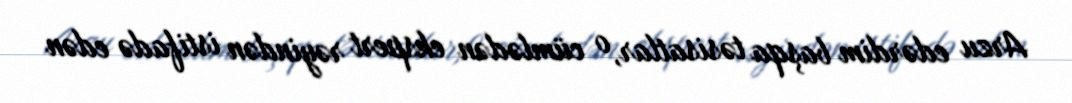
Arzu edərdim başqa təsisatlar, o cümlədən ekspert rəyindən istifadə edən